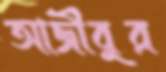
আজীবুর